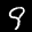
Label: 9